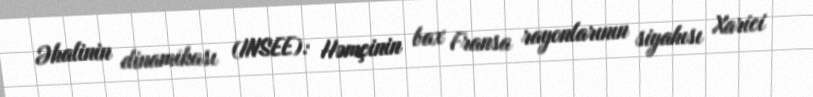
Əhalinin dinamikası (INSEE): Həmçinin bax Fransa rayonlarının siyahısı Xarici